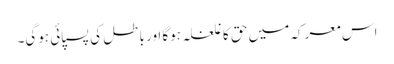
اس معرکہ میں حق کا غلغلہ ہوگا اور باطل کی پسپائی ہوگی۔